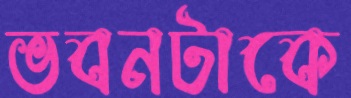
ভবনটাকে